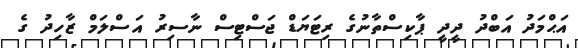
އަޙްމަދު އަބްދު ދީދީ ޕާކިސްތާނުގެ ރިޓަޔަޑް ޖަސްޓިސް ނާސިރު އަސްލަމް ޒާހިދު ގެ